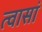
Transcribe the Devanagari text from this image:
त्वासां